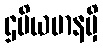
ဌပိယမာနမှိ